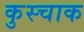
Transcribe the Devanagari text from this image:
कुस्चाक